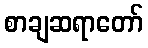
စာချဆရာတော်